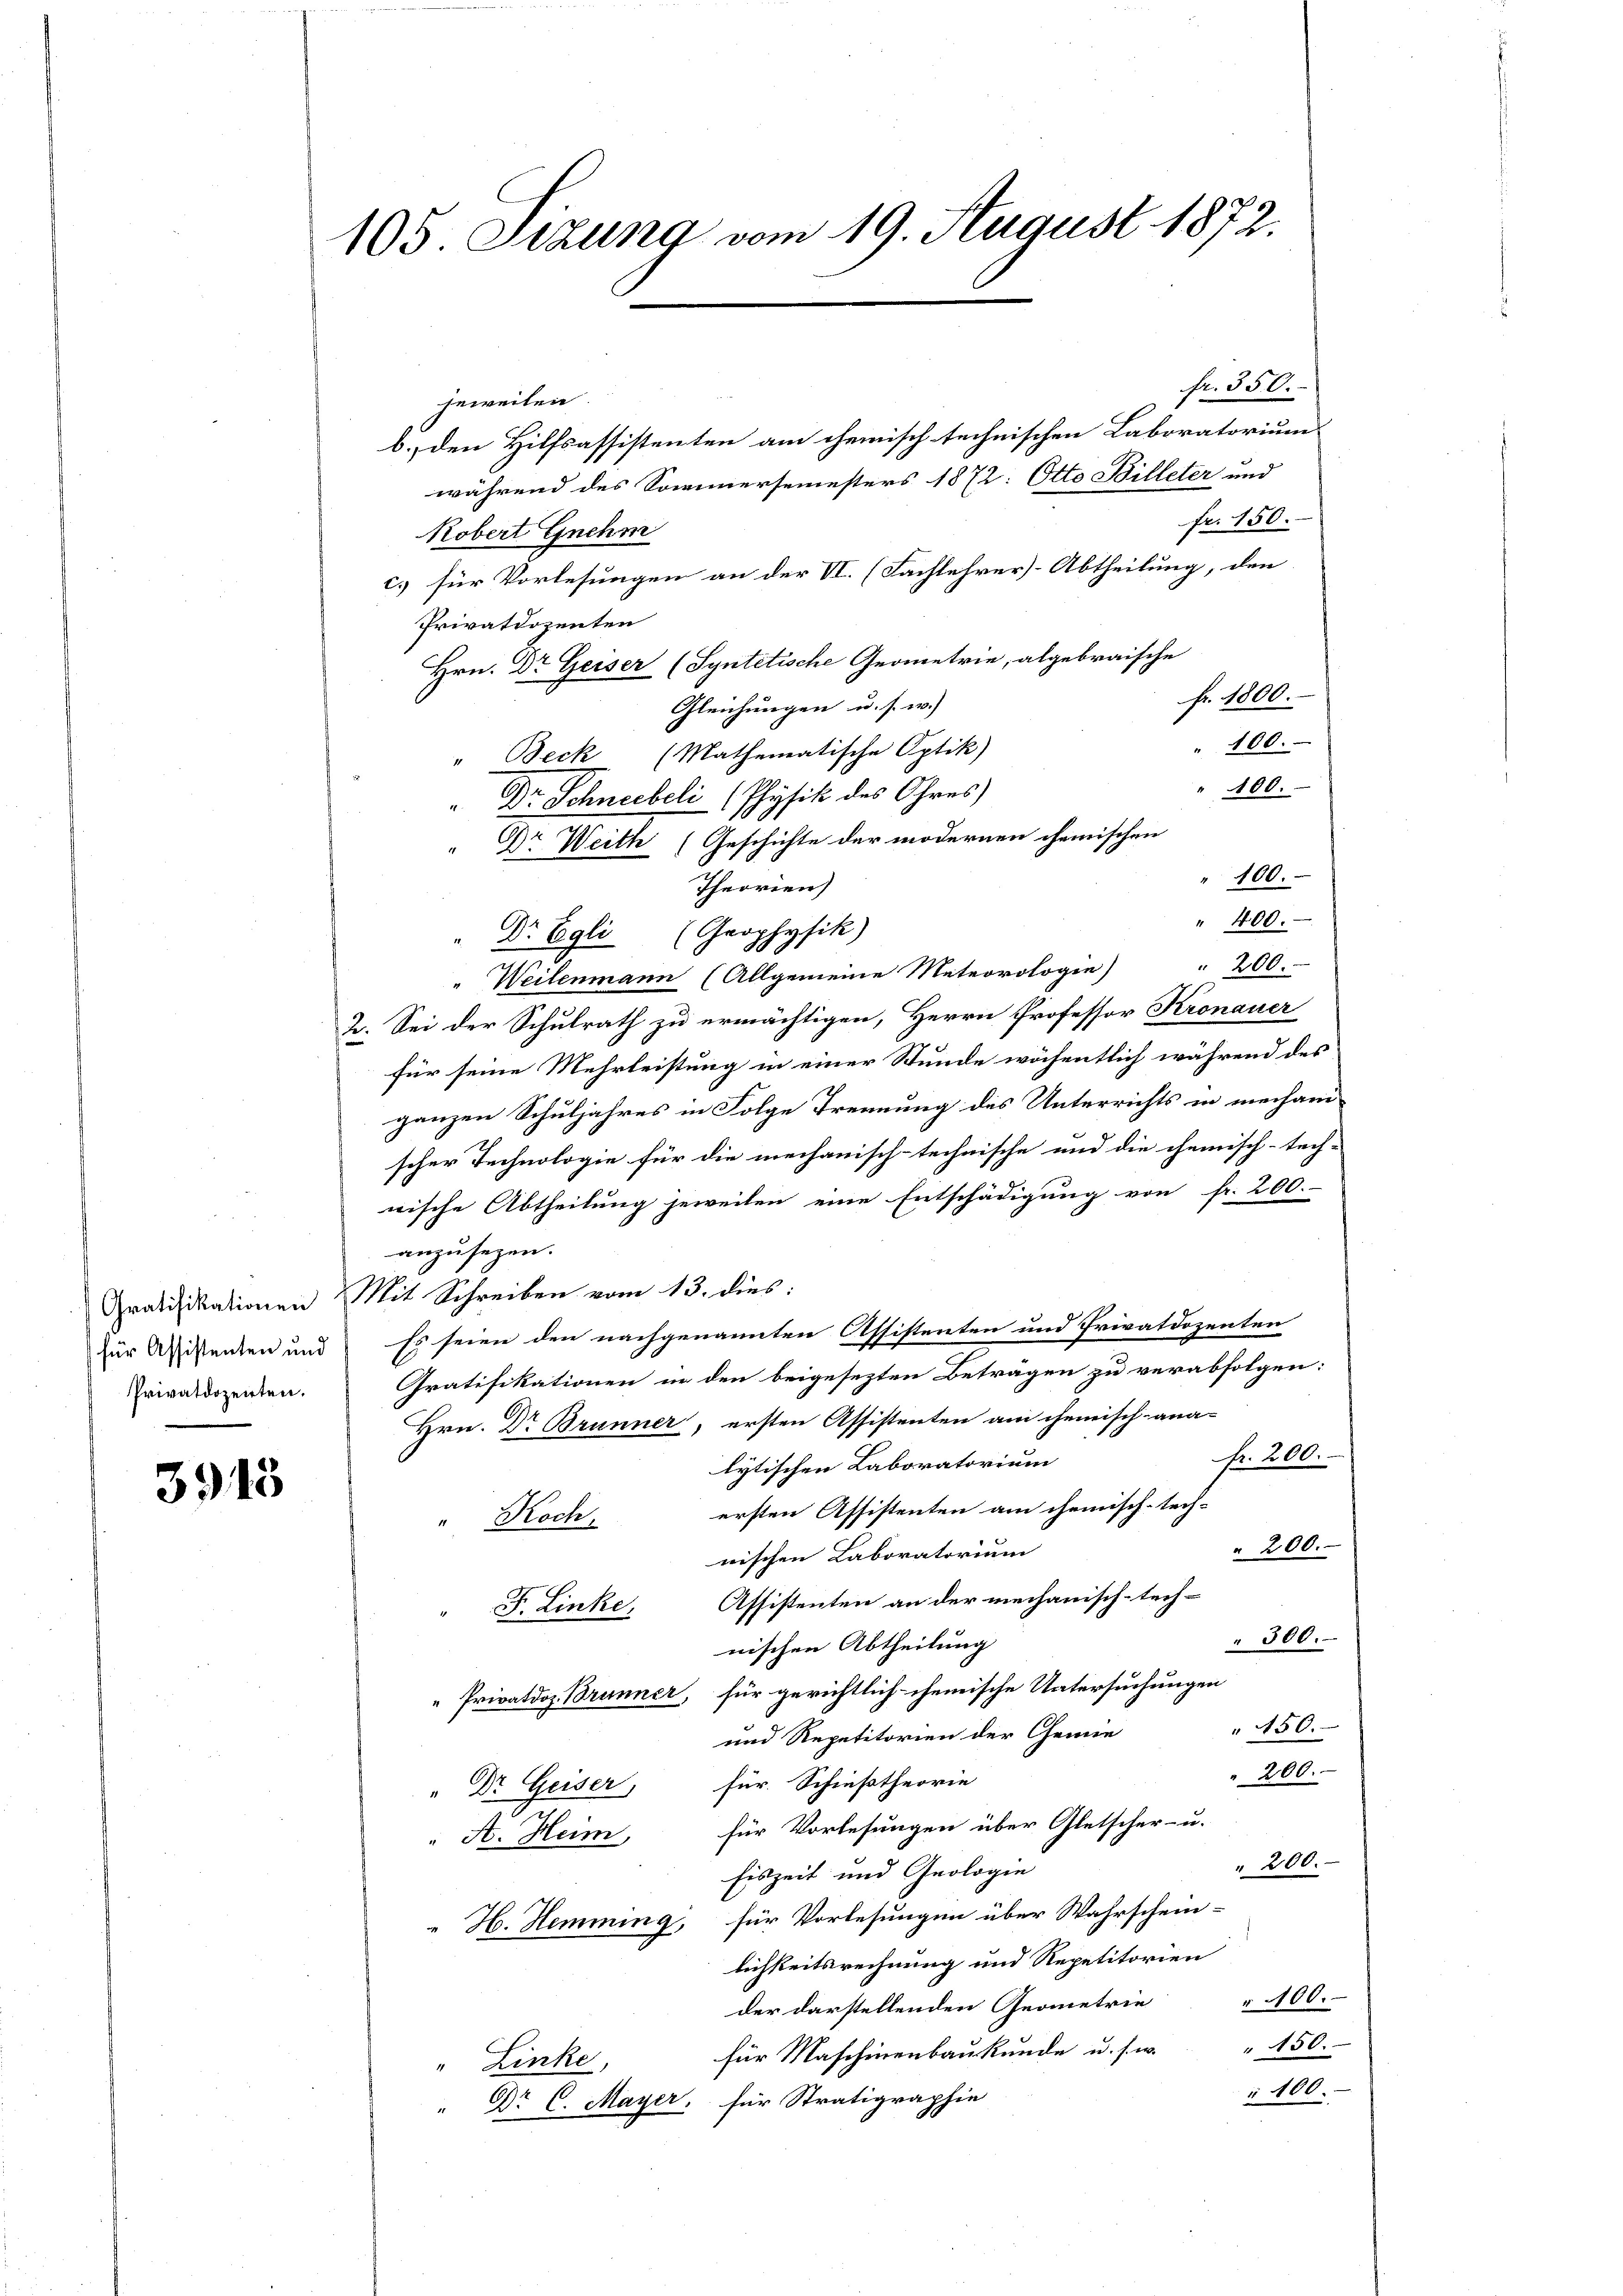
3915

105 Sizung vom 19. August 1872.

fr. 350.
jeweilen.
b. den Hilfsassistenten am chemisch technischen Laboratorium
während des Sommersemesters 1872: Otto Billeter und
fr. 150.
Robert Gnehm
c.) für Vorlesungen an der VI. (Fachlehrer-Abtheilung, den
Privatdozenten
Hrn. Dr Geiser (Syntetische Geometrie, abgebraische
fr. 1800.
Gleichungen u. s. w.)
" 100.
" Beck (Mathematische Optik)
100.
Dr. Schneebeli (Physik des Ohres
Dr Weith (Geschichte der modernen chemischen
100.
Theorien)
" 400.
Dr Egli (Grophysik)
" Weilenmann (Allgemeine Meteorologie " 200.
2. Sei der Schulrath zu ermächtigen, Herrn Professor Kronauer
für seine Mehrleistung in einer Stunde wöchentlich während des
ganzen Schuljahres in Folge Trennung des Unterrichts in mechanischer Technologie für die mechanisch-technische und die chemisch-tech-
wische Abtheilung jeweilen eine Entschädigung von fr. 200.-
anzusezen.
Gratifikationen Mit Schreiben vom 13. dies:
für Wissenten und Es seien den nachgenannten Assistenten und Privatdozenten
Privatdozenten. Gratifikationen in den beigesezten Beträgen zu verabfolgen:
Hrn. Dr Brünner, ersten Assistenten am chemisch-ana-
Fr. 200.
lytischen Laboratorium
ersten Assistenten am chemisch-tech¬
" Koch,
" 200.
nischen Laboratorium
" F. Linke, Assistenten an der mechanisch-tech-
" 300.
nischen Abtheilung
Privatdoz. Brunner, für gerichtlich chemische Untersuchungen
450.
und Repetitorien der Chemie
" 200.
Dr. Geiser, für Schiestheorie
A. Heim, für Vorlesungen über Gletscher- u.
" 200.
Eiszeit und Geologie
H. Hemming, für Vorlesungen über Wahrschein-
lichkeitsrechnung und Repetitorien
der darstellenden Geometrie " 100.
150.
für Maschinenbaukunde u. s. w.
" Linke,
100.
" Dr. C. Mayer, für Stratigraphie